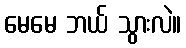
မေမေ ဘယ် သွားလဲ။